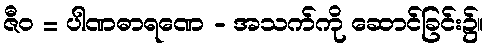
ဇီဝ = ပါဏဓာရဏေ - အသက်ကို ဆောင်ခြင်း၌။